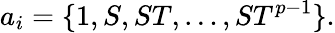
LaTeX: a_{i}=\{ 1,S,ST,\dots,ST^{p-1}\} .